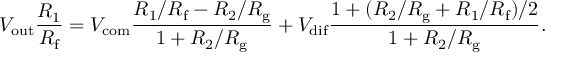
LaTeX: V _ { \mathrm { o u t } } { \frac { R _ { 1 } } { R _ { \mathrm { f } } } } = V _ { \mathrm { c o m } } { \frac { R _ { 1 } / R _ { \mathrm { f } } - R _ { 2 } / R _ { \mathrm { g } } } { 1 + R _ { 2 } / R _ { \mathrm { g } } } } + V _ { \mathrm { d i f } } { \frac { 1 + ( R _ { 2 } / R _ { \mathrm { g } } + R _ { 1 } / R _ { \mathrm { f } } ) / 2 } { 1 + R _ { 2 } / R _ { \mathrm { g } } } } .